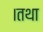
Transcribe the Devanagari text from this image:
।तथा